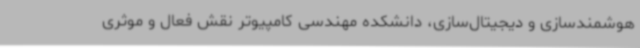
هوشمندسازی و دیجیتال‌سازی، دانشکده مهندسی کامپیوتر نقش فعال و موثری